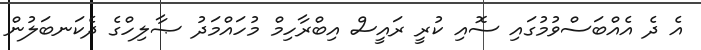
އެ ދެ އެއްބަސްވުމުގައި ސޮއި ކުރީ ރައީސް އިބްރާހިމް މުހައްމަދު ޞާލިހްގެ ދެކަނބަލުން